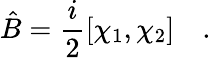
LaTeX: \hat{B}={\frac{i}{2}}[\chi_{1},\chi_{2}]\quad.